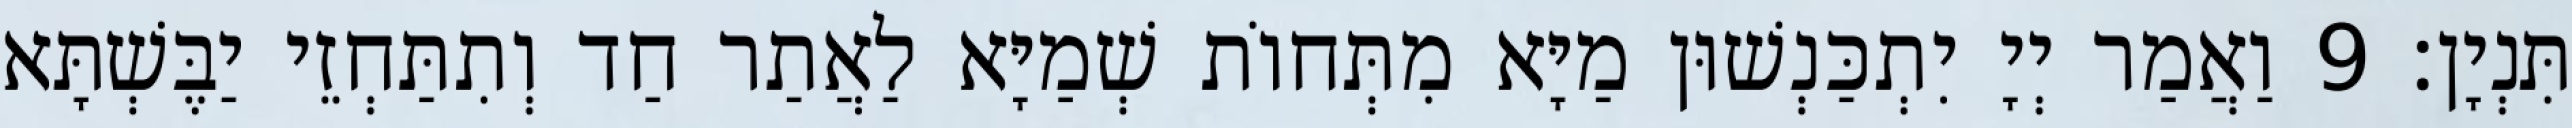
תִּנְיָן׃ 9 וַאֲמַר יְיָ יִתְכַּנְשׁוּן מַיָּא מִתְּחוֹת שְׁמַיָּא לַאֲתַר חַד וְתִתַּחְזֵי יַבֶּשְׁתָּא